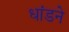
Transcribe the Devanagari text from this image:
धांडने